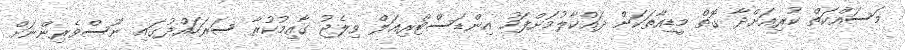
މަސައްކަތް ކުރިއަށްދާ ގޮތް މީޑިއާތަކަށް ދައްކާލުމަށްފަހު އިންޑަސްޓްރިއަލް ވިލެޖު ގާއިމުކުރާ ސަރަހައްދުގައި ނޫސްވެރިންނަށް